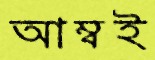
আম্বই